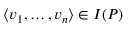
\langle v _ { 1 } , \ldots , v _ { n } \rangle \in I ( P )